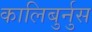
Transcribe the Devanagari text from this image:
कालिबुर्नुस